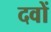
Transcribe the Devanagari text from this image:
दवों